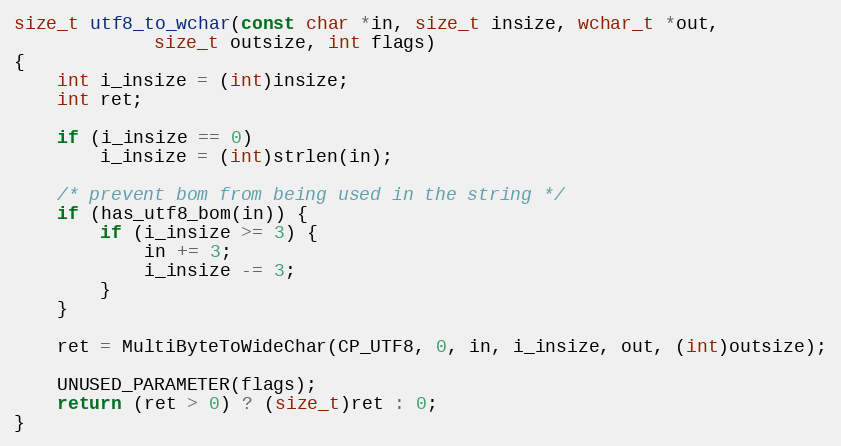
Language: C
size_t utf8_to_wchar(const char *in, size_t insize, wchar_t *out,
		     size_t outsize, int flags)
{
	int i_insize = (int)insize;
	int ret;

	if (i_insize == 0)
		i_insize = (int)strlen(in);

	/* prevent bom from being used in the string */
	if (has_utf8_bom(in)) {
		if (i_insize >= 3) {
			in += 3;
			i_insize -= 3;
		}
	}

	ret = MultiByteToWideChar(CP_UTF8, 0, in, i_insize, out, (int)outsize);

	UNUSED_PARAMETER(flags);
	return (ret > 0) ? (size_t)ret : 0;
}